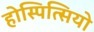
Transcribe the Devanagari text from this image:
होस्पित्सियो